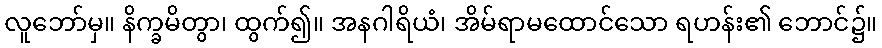
လူဘော်မှ။ နိက္ခမိတွာ၊ ထွက်၍။ အနဂါရိယံ၊ အိမ်ရာမထောင်သော ရဟန်း၏ ဘောင်၌။